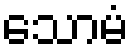
သောမံ